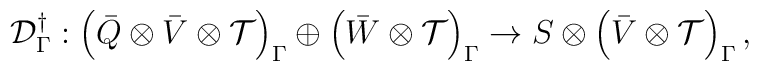
{\cal D}^\dagger_\Gamma : \left( \bar{Q} \otimes \bar{V} \otimes {\cal		  T} \right)_\Gamma \oplus 		  \left( \bar{W} \otimes {\cal T} \right)_\Gamma \rightarrow			S \otimes \left( \bar{V} \otimes {\cal T}		  \right)_\Gamma,